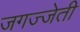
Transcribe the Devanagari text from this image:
जगज्जेती